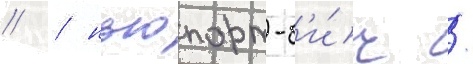
// / ньюпорт-б'и́ч /